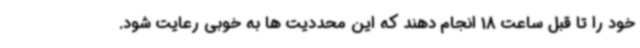
خود را تا قبل ساعت 18 انجام دهند که این محددیت ها به خوبی رعایت شود.